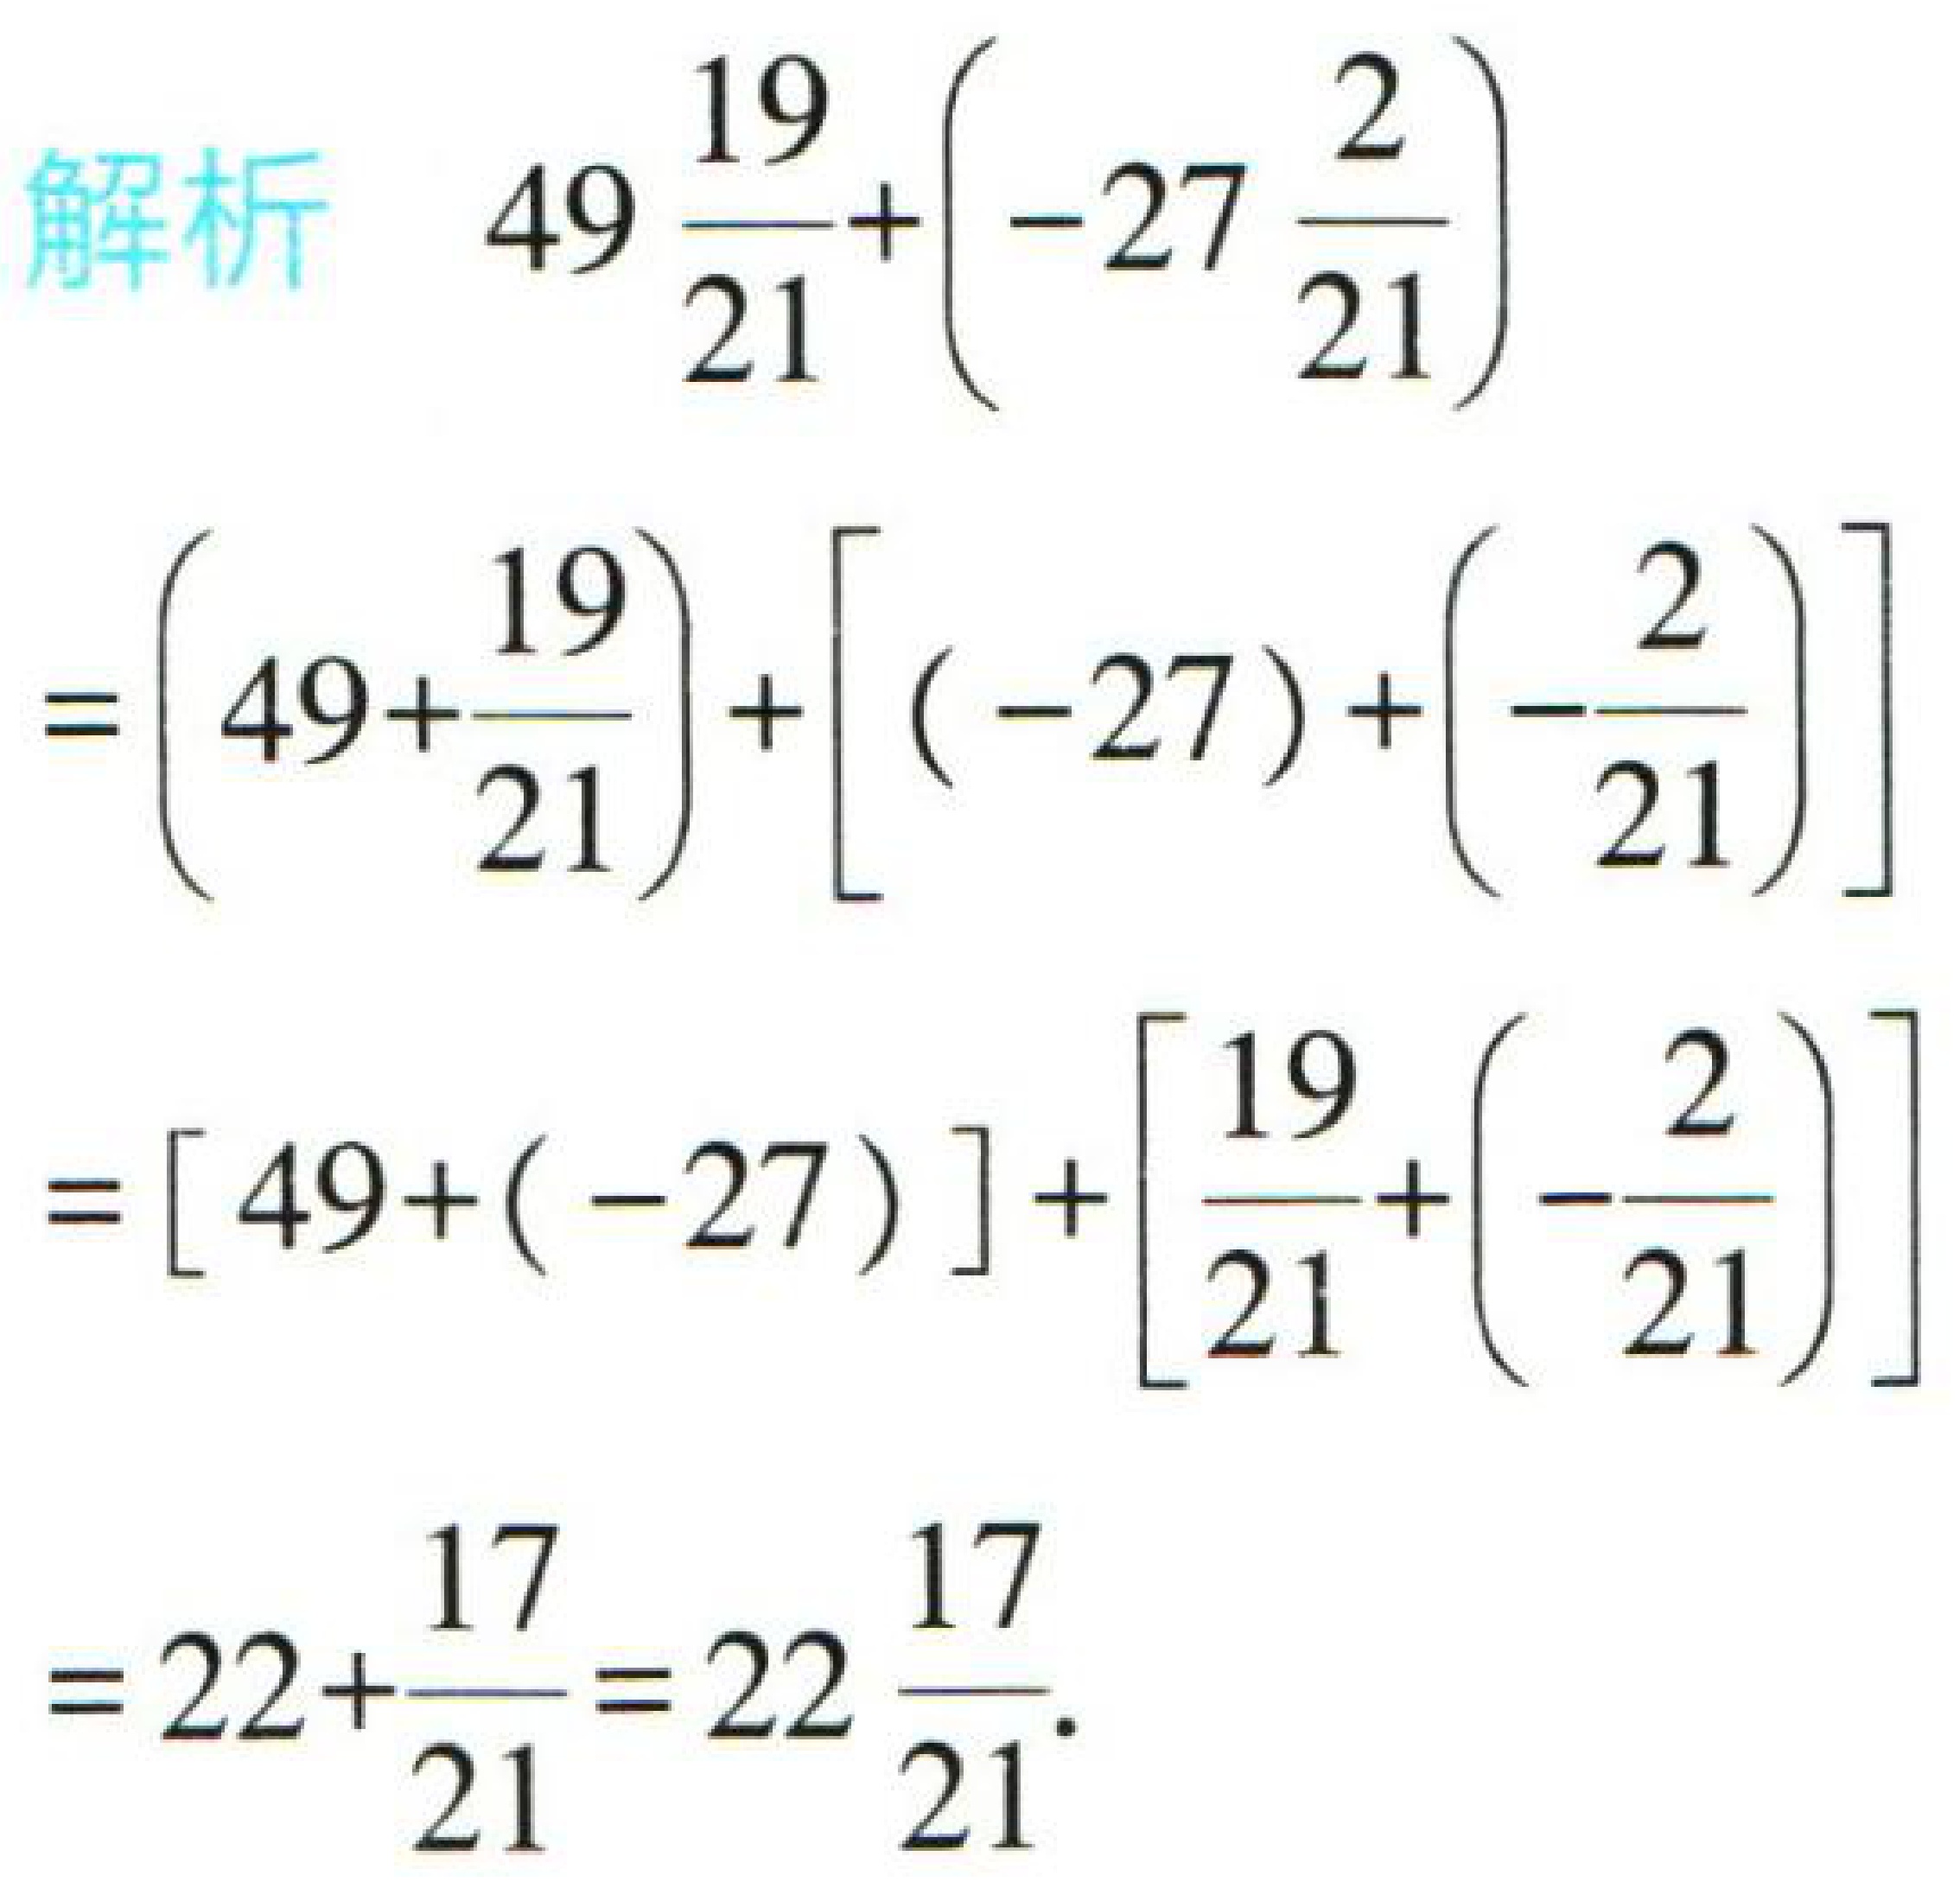
\[
\begin{align*}
&49\frac{19}{21}+\left(-27\frac{2}{21}\right)\\
=&\left(49 + \frac{19}{21}\right)+\left[(-27)+\left(-\frac{2}{21}\right)\right]\\
=&[49+(-27)]+\left[\frac{19}{21}+\left(-\frac{2}{21}\right)\right]\\
=&22+\frac{17}{21}=22\frac{17}{21}
\end{align*}
\]